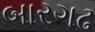
બારગઢ